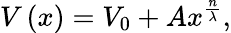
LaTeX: V\left(x\right)=V_{0}+Ax^{\frac{n}{\lambda}},